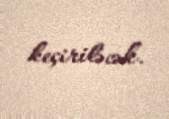
keçiriləcək.